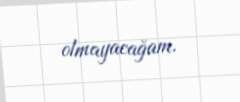
olmayacağam.